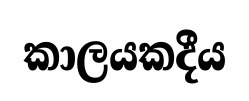
කාලයකදීය